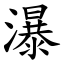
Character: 瀑